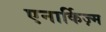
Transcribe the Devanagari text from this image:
एनार्किज़्म